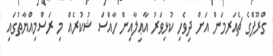
ގްރޫޕްގެ ޗެއަރމަން އަށް ދިވެހި ކުޅިވަރު އާޢިލާއިން ހާއްސަ ޝުކުރެެއް މި ރަސްމިއްޔާތުގައި